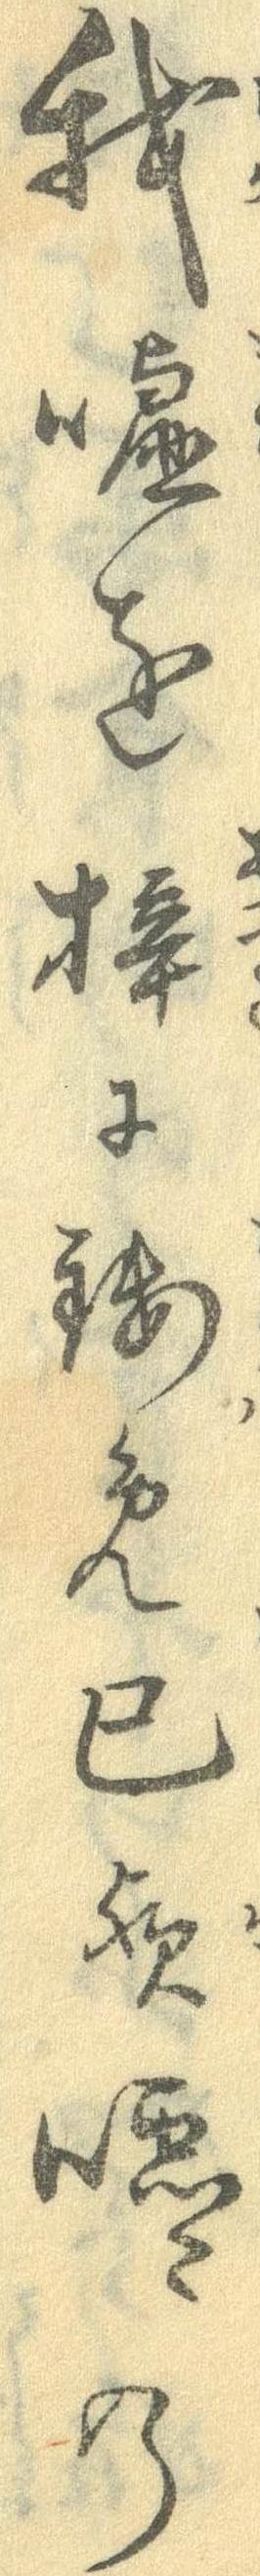
我嘘を梓に鋳め己嘘の